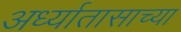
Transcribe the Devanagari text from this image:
अर्ध्यातासाच्या